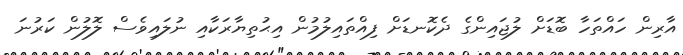
އާރިން ހައްތަހާ ބޮޑަށް ލުޖައިންގެ ދެކޮނޑަށް ފިއްތައިލުމުން އިޙުތިޔާރަކާއި ނުލައިވެސް ލޮލުން ކަރުނަ